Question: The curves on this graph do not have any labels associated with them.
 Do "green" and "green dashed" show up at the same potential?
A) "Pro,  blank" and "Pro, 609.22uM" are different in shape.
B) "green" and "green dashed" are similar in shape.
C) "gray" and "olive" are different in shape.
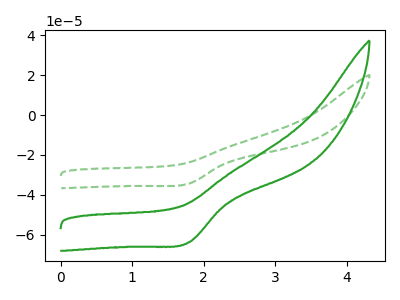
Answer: <think>The green curve "green" has a cathodic peak at: (1.80V, -63.80uA). The green dashed curve "green dashed" has a cathodic peak at: (1.80V, -34.35uA).
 All the peaks in "green" have a peak in "green dashed" at the same potential. Every peak in "green" is higher than every peak in "green dashed".</think>
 <answer>B) "green" and "green dashed" are similar in shape.</answer>
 <eval>B</eval>